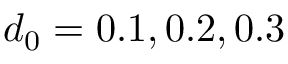
d _ { 0 } = 0 . 1 , 0 . 2 , 0 . 3